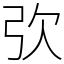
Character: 弞